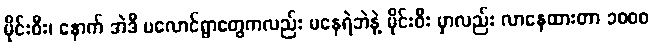
မိုင်းဝီး၊ နောက် အဲဒီ ပလောင်ရွာတွေကလည်း မနေရဲဘဲနဲ့ မိုင်းဝီး မှာလည်း လာနေထားတာ ၁၀၀၀